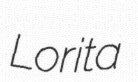
Lorita